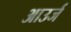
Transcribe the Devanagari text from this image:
आउर्ज